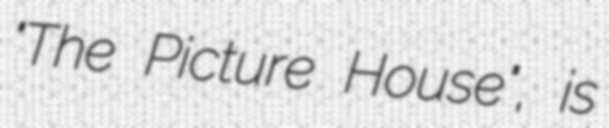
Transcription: "The Picture House", is